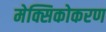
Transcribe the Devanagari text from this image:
मेक्सिकोकरण